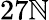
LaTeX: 27\mathbb{N}